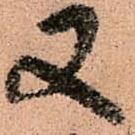
又